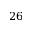
2 6